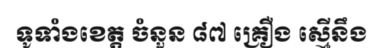
ទូទាំងខេត្ត ចំនួន ៨៧ គ្រឿង ស្មើនឹង